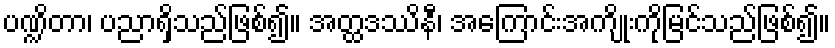
ပဏ္ဍိတာ၊ ပညာရှိသည်ဖြစ်၍။ အတ္ထဒဿိနီ၊ အကြောင်းအကျိုးကိုမြင်သည်ဖြစ်၍။